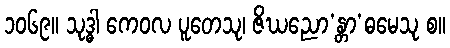
၁၀၆၉။ သုဒ္ဓါ ကေဝလ ပူတေသု၊ ဇိဃညော’န္တာ’ဓမေသု စ။